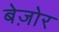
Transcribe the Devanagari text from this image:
बेज़ोर